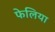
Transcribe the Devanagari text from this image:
फेलिया